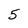
Character: 5